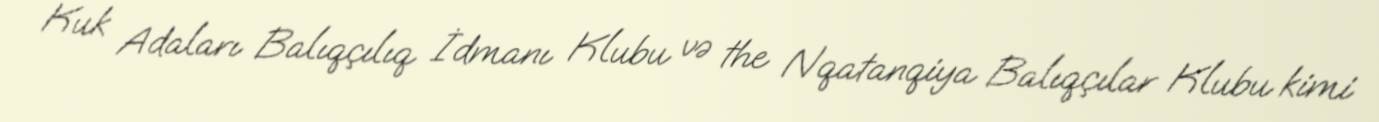
Kuk Adaları Balıqçılıq İdmanı Klubu və the Nqatanqiya Balıqçılar Klubu kimi